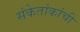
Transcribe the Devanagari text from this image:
संकेतांकांची